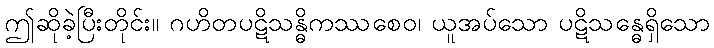
ဤဆိုခဲ့ပြီးတိုင်း။ ဂဟိတပဋိသန္ဓိကဿစေဝ၊ ယူအပ်သော ပဋိသန္ဓေရှိသော